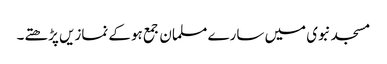
مسجد نبوی میں سارے مسلمان جمع ہوکے نمازیں پڑھتے۔